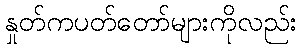
နှုတ်ကပတ်တော်များကိုလည်း